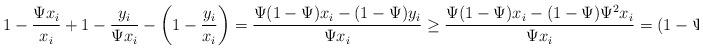
LaTeX: \begin{align*}1-\frac{\Psi x_i}{x_i} + 1 - \frac{y_i}{\Psi x_i} -\left(1-\frac{y_i}{x_i}\right)= \frac{\Psi(1-\Psi) x_i - (1- \Psi) y_i}{\Psi x_i} \geq \frac{\Psi(1-\Psi) x_i - (1- \Psi) \Psi^2 x_i}{\Psi x_i} = (1-\Psi)^2\geq 0\end{align*}